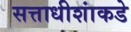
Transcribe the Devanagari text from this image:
सत्ताधीशांकडे